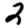
Digit: 2